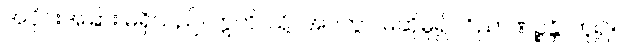
အပိုင်းအခြား မရှိသည်။ ဣတိ၊ သို့။ အဝတွာ၊ မဆိုမူ၍။ ဝိညာဏဉ္စန္တိ၊ ဟူ၍။